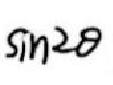
\(\sin 2\theta\)